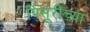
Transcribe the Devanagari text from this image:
पिसूरींच्या